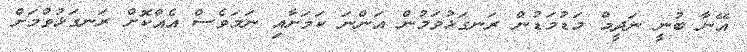
އޭނާ ބުނީ ނަދީމް މަޑުމަޑުން ރަނގަޅުވަމުން އަންނަ ކަމަށާއި ނަމަވެސް އެއްކޮށް ރަނގަޅުވުމަށް